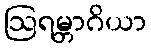
ဩရမ္ဘာဂိယာ